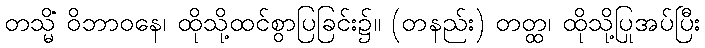
တသ္မိံ ဝိဘာဝနေ၊ ထိုသို့ထင်စွာပြခြင်း၌။ (တနည်း) တတ္ထ၊ ထိုသို့ပြုအပ်ပြီး